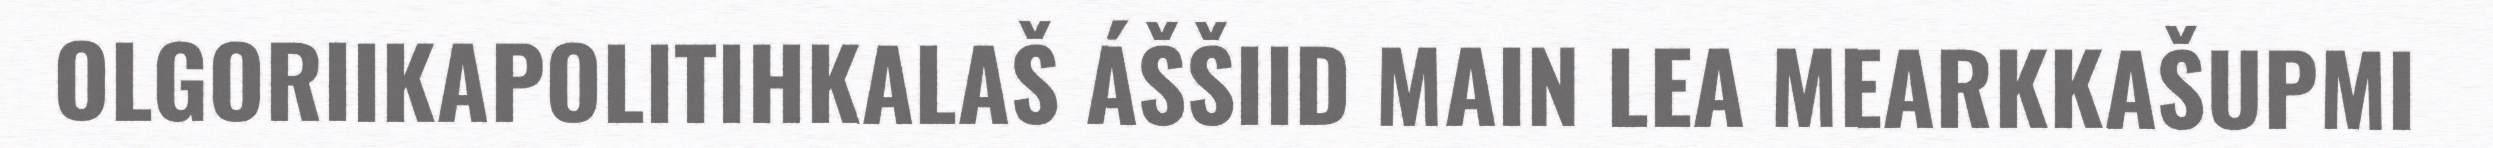
OLGORIIKAPOLITIHKALAŠ ÁŠŠIID MAIN LEA MEARKKAŠUPMI